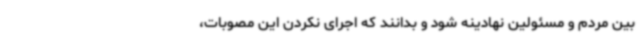
بین مردم و مسئولین نهادینه شود و بدانند که اجرای نکردن این مصوبات،